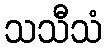
သသီသံ